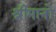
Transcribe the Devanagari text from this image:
श्रीमानों